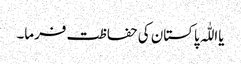
یااللّٰہ پاکستان کی حفاظت فرما۔